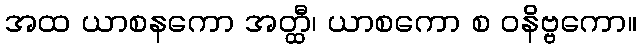
အထ ယာစနကော အတ္ထီ၊ ယာစကော စ ဝနိဗ္ဗကော။